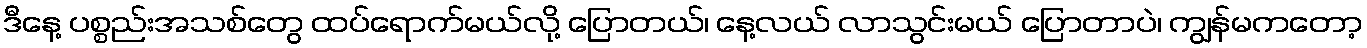
ဒီနေ့ ပစ္စည်းအသစ်တွေ ထပ်ရောက်မယ်လို့ ပြောတယ်၊ နေ့လယ် လာသွင်းမယ် ပြောတာပဲ၊ ကျွန်မကတော့